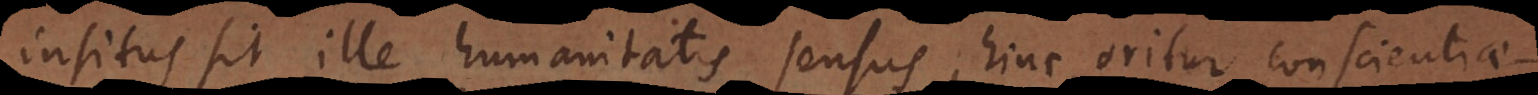
insitus sit ille humanitatis sensus, hinc oritur conscientiae